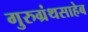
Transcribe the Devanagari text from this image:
गुरुग्रंथसाहेब